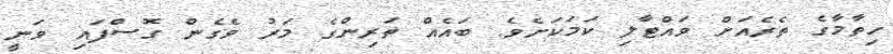
ހިތާމާގެ ތެރެއަށް ވައްޓާލި ކަމަކަށެވެ. ބައެއް ތަރިންގެ މަރު ވެގެން ގޮސްފައި ވަނީ